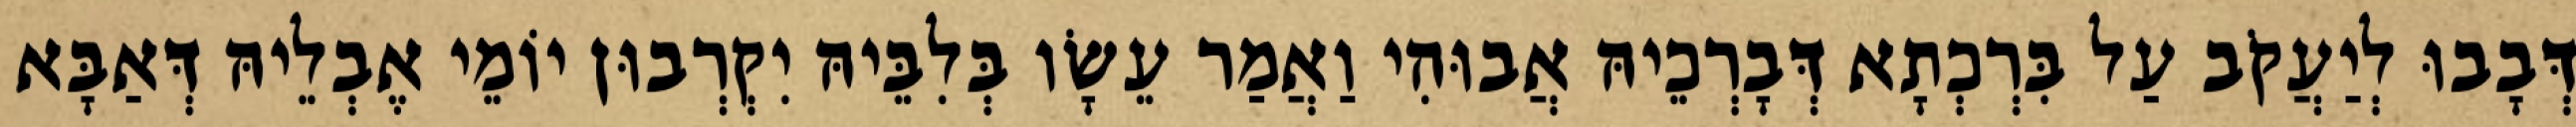
דְּבָבוּ לְיַעֲקֹב עַל בִּרְכְתָא דְּבָרְכֵיהּ אֲבוּהִי וַאֲמַר עֵשָׂו בְּלִבֵּיהּ יִקְרְבוּן יוֹמֵי אֶבְלֵיהּ דְּאַבָּא